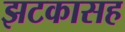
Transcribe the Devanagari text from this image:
झटकासह